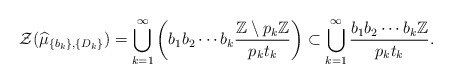
\begin{align*}\mathcal{Z}(\widehat{\mu}_{\{b_k\},\{D_k\}})=\bigcup_{k=1}^{\infty}\left(b_1b_2 \cdots b_k \frac{\mathbb{Z}\setminus p_{k}\mathbb{Z}}{p_{k}t_{k}}\right) \subset \bigcup_{k=1}^{\infty}\frac{b_1 b_2\cdots b_k\mathbb{Z}}{p_{k}t_{k}}.\end{align*}